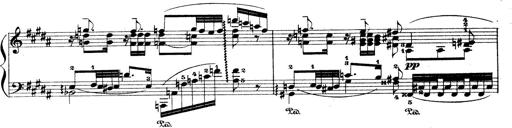
Title: Wagner-Liszt Album
Composer: Franz Liszt